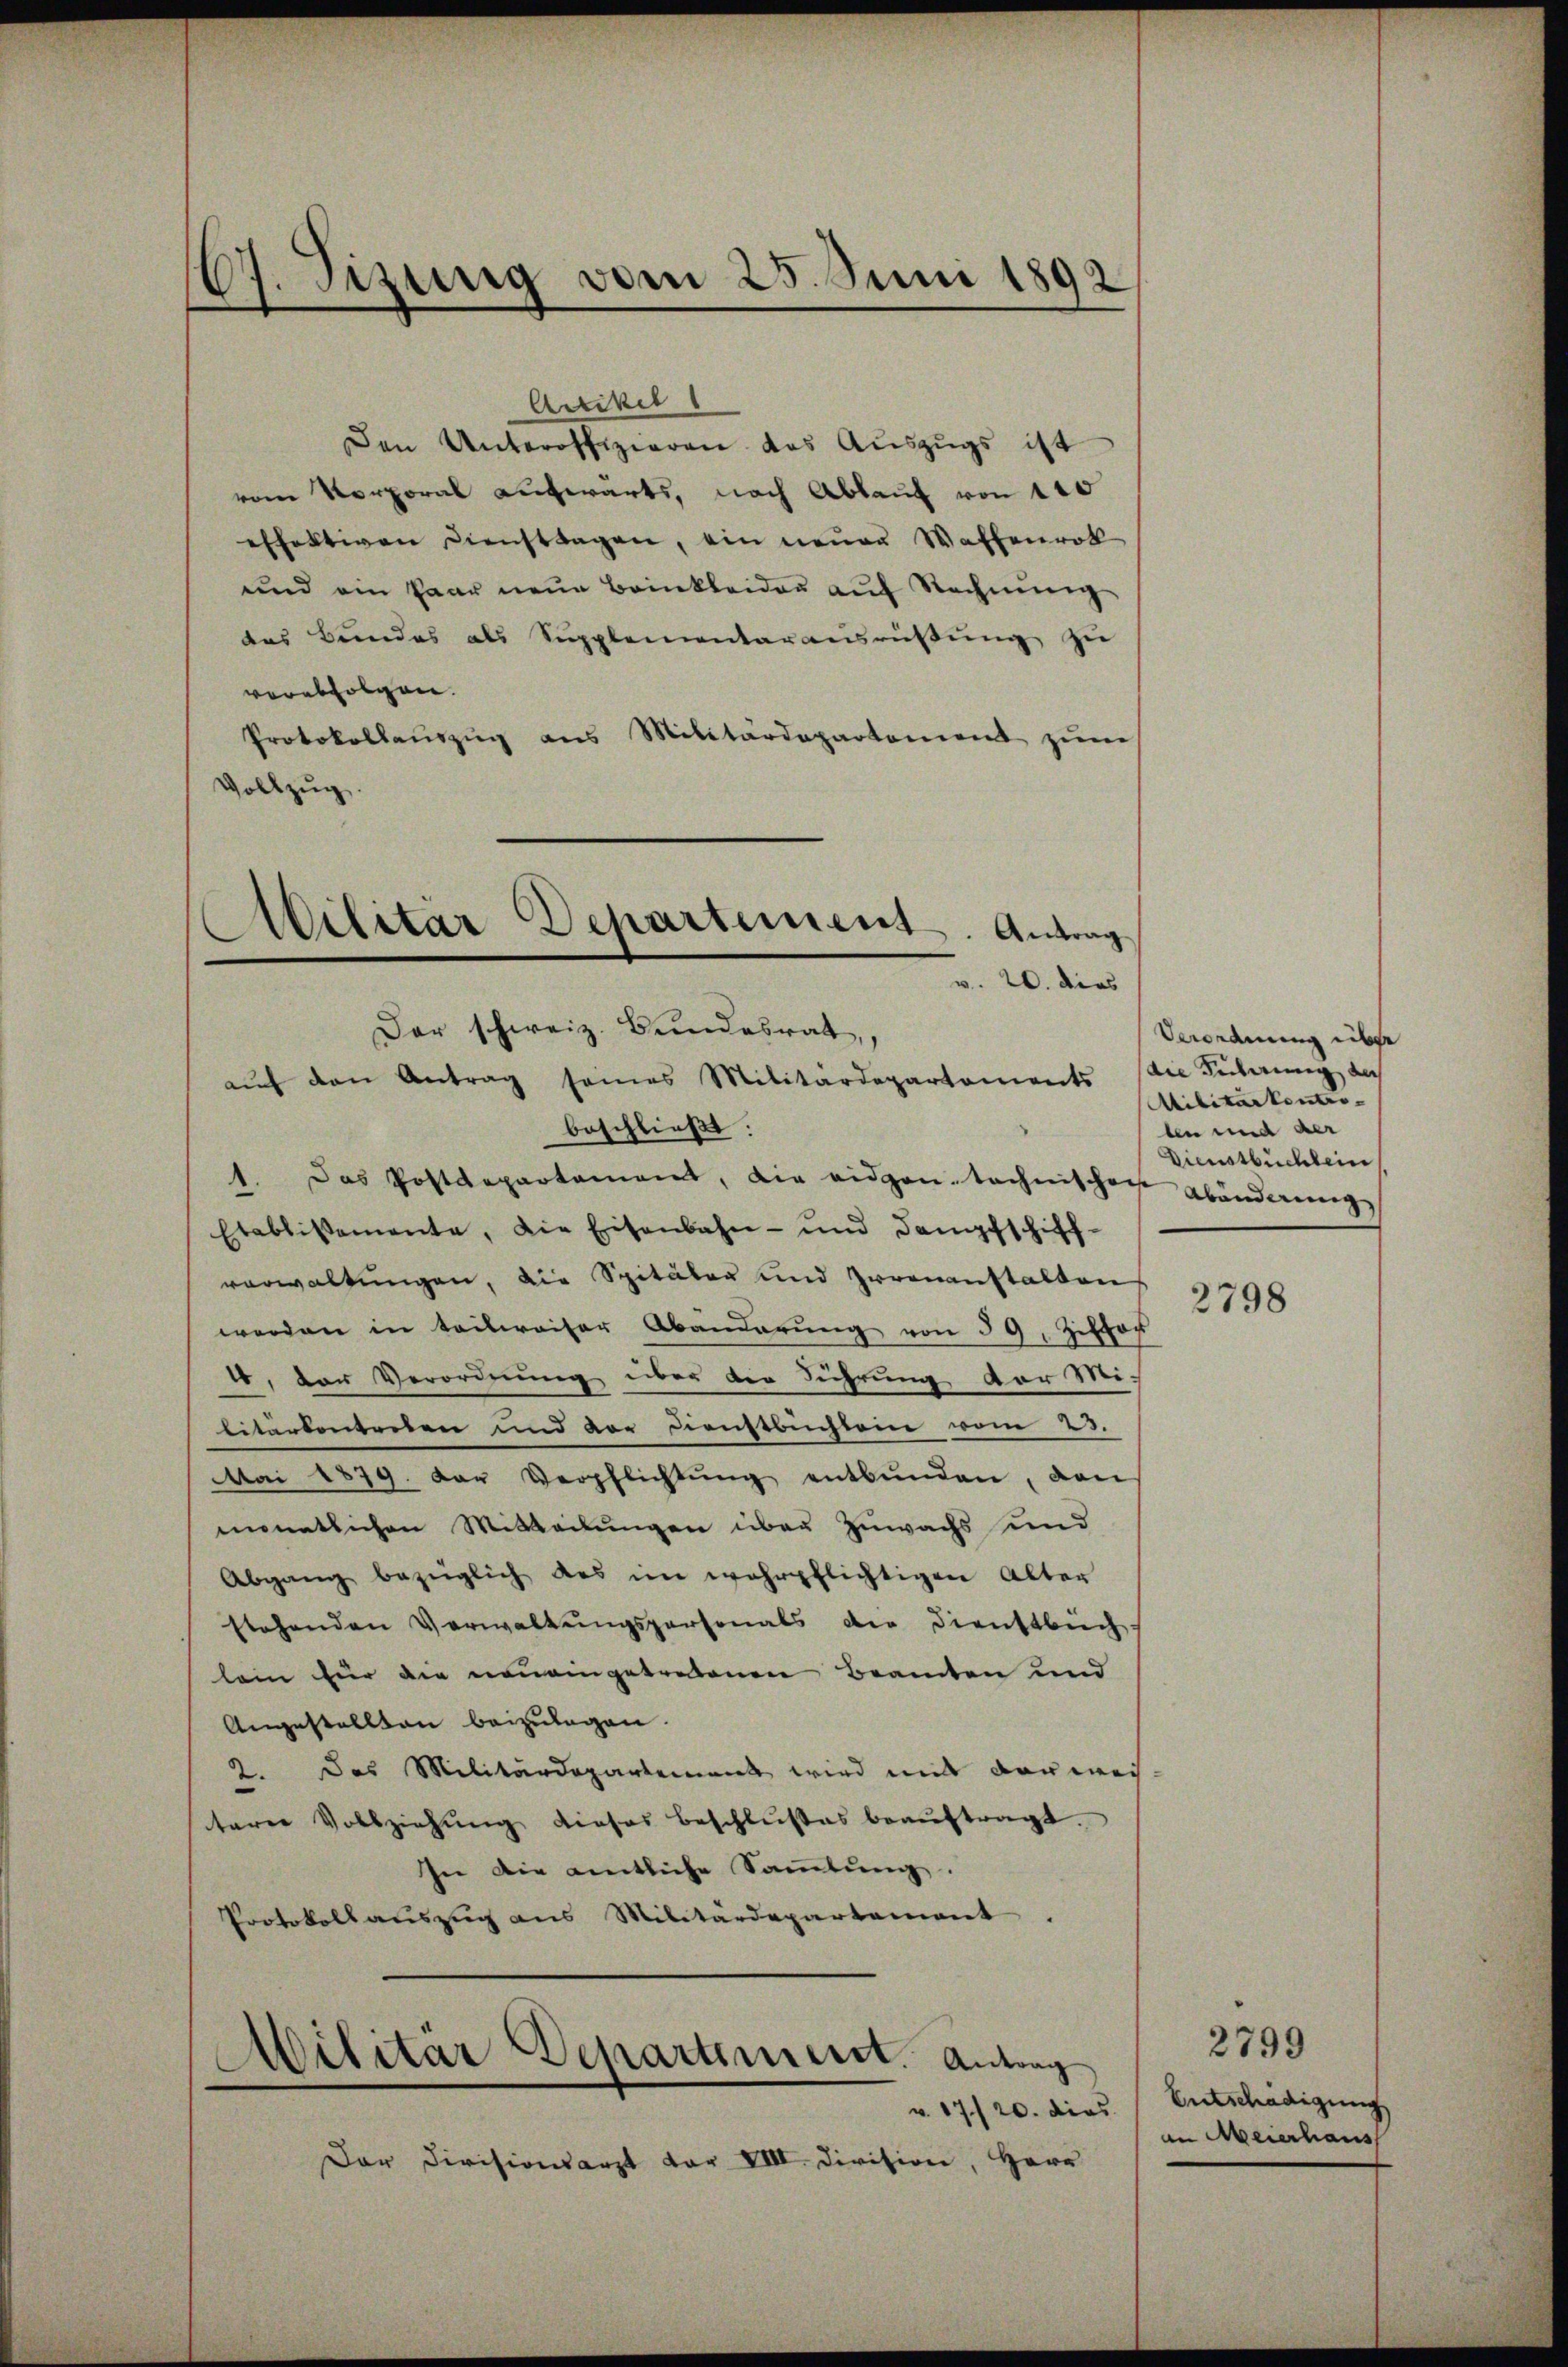
C. Jizung vom 25. Juni 1892

Artikel
Den Unteroffizieren das Aŭszŭgs ist
vom Vorporal aufwärts, nach Ablauf von 110
effektiven Diensttragen, ein neuen Waffenrot
und ein Paar neue Beinkleider auf Rechnung
das Bundes als Supplementarausrüβŭng zu
verabfolgen.
Protokollaŭszŭg ans Militärdepartement zŭm
Vollzug.
aŭf den Antrag seines Militärdepartements die Führung au
beschließt:
1. Das Postdepartament, die eidgen. Sachenschen Abänderung,
Etablissemente, die Eisenbahn- und Dampfschiff-
verwaltungen, die Spitäler und zweenanstalten
werden in teilweiser Abänderŭng von 39, Ziffer
4. Der Verordnung über der Führung der Mi-
litärtentreten und vor Dienstbuchlein vom 23.
Mai 1879. Der Verpflichtŭng entbunden, von
monatlichen Mitteilungen über Zuwachs und
Abgang bezeiglich das im wehrpflichtigen Alter
stehenden Verwaltŭngspersonals der Dienstbüch
lein für die neueingetretenen Beamten und
Angestellten beizulegen.
2. Das Militärdepartement wird mit der wei-
e
terne Vollziehŭng dieses beschlŭβes beaŭftragt.
In die amtliche Saṁlŭng.
Protokollauszug aus Militärdepartement
v. 17./20. dies
Der Divisionsarzt vor VIII. Division, Herr

Militar Departement. Antrag

Militar Departiment. Antrag

Verordnung über
Militarkontro-
ben und der
Dienstbuchlein

2798

2799
Entschädigung
an Meierhaus